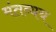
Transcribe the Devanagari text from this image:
मंतव्यय